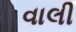
વાલી